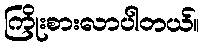
ကြိုးစားလာပါတယ်။